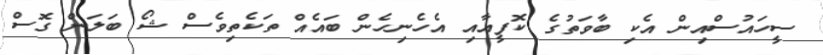
ސީހައުސްއިން އެކި ބާވަތުގެ ކޮފީއާއި އެހެނިހެން ބައެއް ތަކެތިވެސް ޝޯ ބަލަން ގޮސް